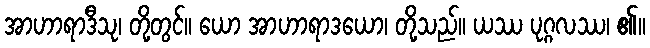
အာဟာရာဒီသု၊ တို့တွင်။ ယော အာဟာရာဒယော၊ တို့သည်။ ယဿ ပုဂ္ဂလဿ၊ ၏။